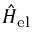
\hat { H } _ { \mathrm { e l } }